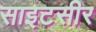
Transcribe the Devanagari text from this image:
साइटसीर